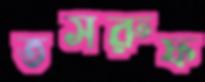
তসরুফ